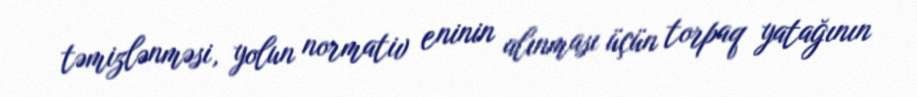
təmizlənməsi, yolun normativ eninin alınması üçün torpaq yatağının